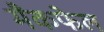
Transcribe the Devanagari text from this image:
मैकफेल